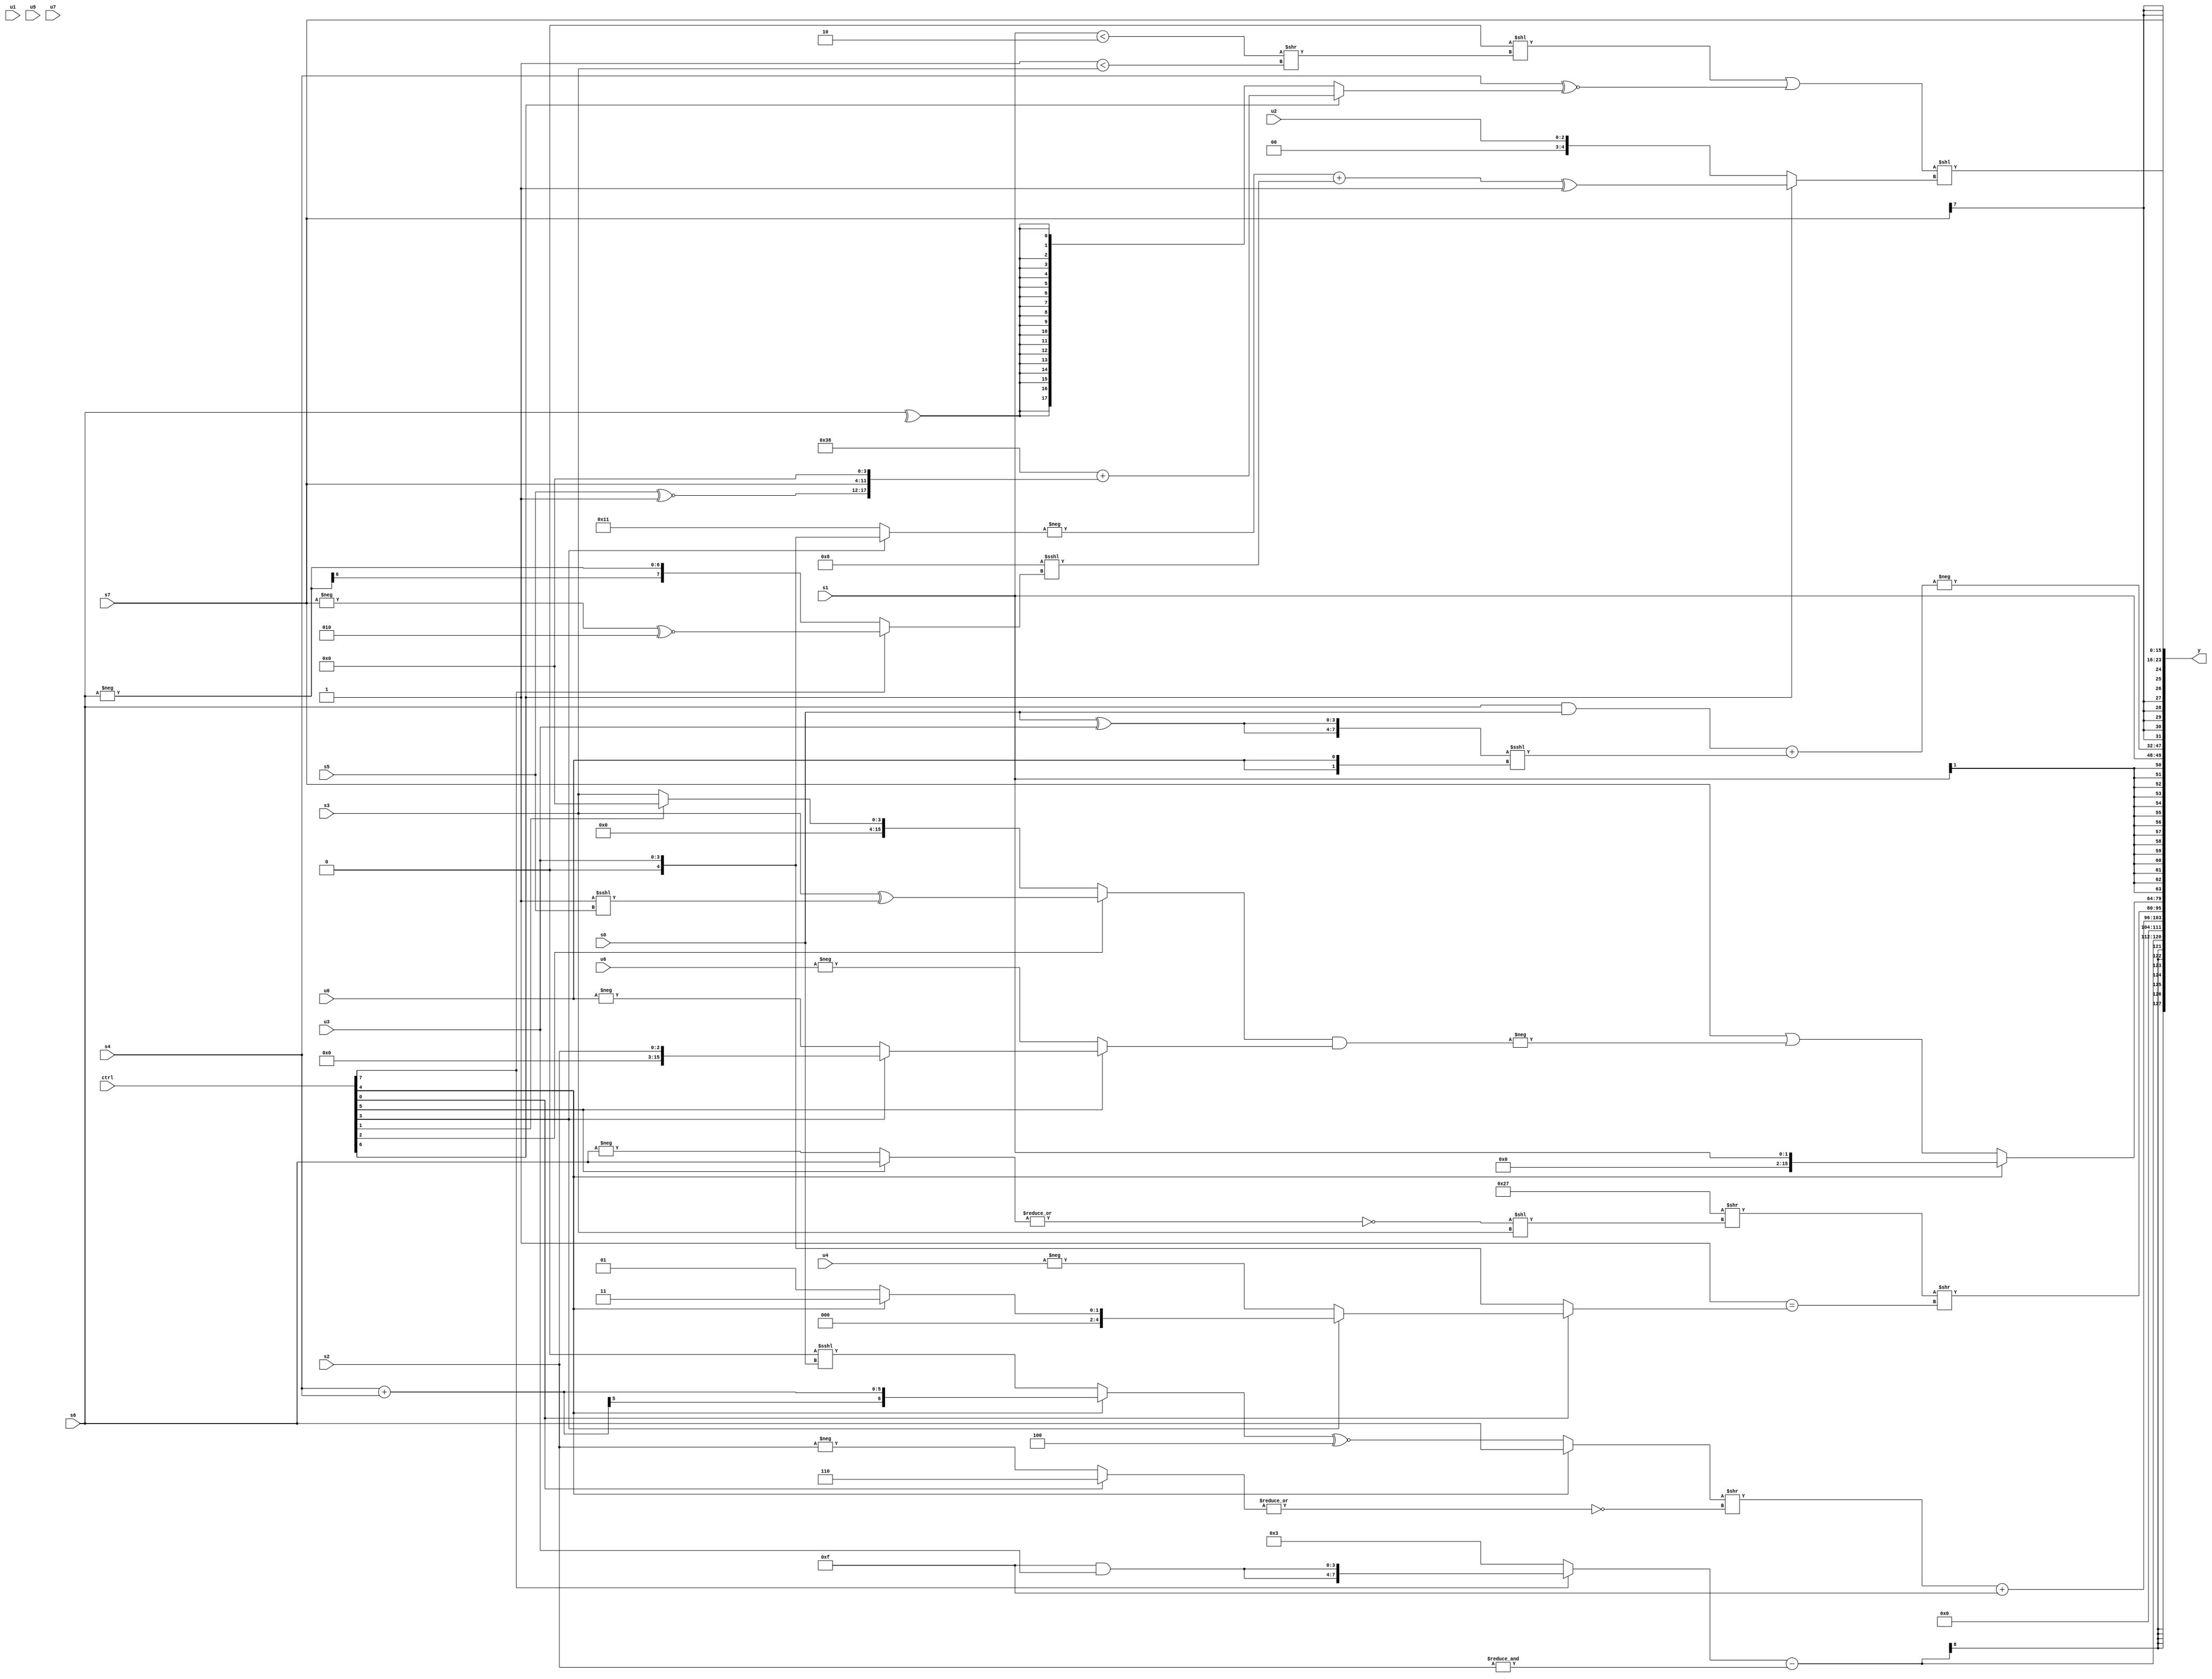
module wideexpr_00748(ctrl, u0, u1, u2, u3, u4, u5, u6, u7, s0, s1, s2, s3, s4, s5, s6, s7, y);
  input [7:0] ctrl;
  input [0:0] u0;
  input [1:0] u1;
  input [2:0] u2;
  input [3:0] u3;
  input [4:0] u4;
  input [5:0] u5;
  input [6:0] u6;
  input [7:0] u7;
  input signed [0:0] s0;
  input signed [1:0] s1;
  input signed [2:0] s2;
  input signed [3:0] s3;
  input signed [4:0] s4;
  input signed [5:0] s5;
  input signed [6:0] s6;
  input signed [7:0] s7;
  output [127:0] y;
  wire [15:0] y0;
  wire [15:0] y1;
  wire [15:0] y2;
  wire [15:0] y3;
  wire [15:0] y4;
  wire [15:0] y5;
  wire [15:0] y6;
  wire [15:0] y7;
  assign y = {y0,y1,y2,y3,y4,y5,y6,y7};
  assign y0 = ((ctrl[7]?{2{(-(-(-(3'b001))))&(u3)}}:2'b11))-(&({4{s2}}));
  assign y1 = ($signed(((ctrl[4]?s6:((ctrl[4]?(s4)+(s4):(1'sb0)<<<(s0)))^~(($signed(6'b100101))>>>((2'sb10)>>>(1'sb1)))))>>({1{~|((ctrl[0]?$signed(2'sb10):-(s2)))}})))+({6'sb001111});
  assign y2 = ((6'sb100111)>>((~|((ctrl[5]?$signed(s6):-(s6))))<<(s3)))>>($signed(($signed(2'sb01))==((ctrl[0]?$signed((ctrl[3]?(ctrl[4]?2'sb11:2'sb01):-(u4))):+(u3)))));
  assign y3 = (ctrl[4]?s1:((s7)>>(1'b0))|(-(+(((ctrl[2]?(s3)^((2'sb01)<<<(s5)):(ctrl[1]?(s6)>>(5'sb10110):s3)))&((ctrl[5]?(ctrl[3]?s2:-(u0)):-(+(u6))))))));
  assign y4 = +(s1);
  assign y5 = -(((+(s6))&(s0))+((+({2{$signed(($signed(s0))^($signed(u3)))}}))<<<({2{u0}})));
  assign y6 = s7;
  assign y7 = (((1'sb0)<<(($unsigned(+((s1)<(2'b10))))>>((2'sb11)<(s3))))|((s4)^~((ctrl[6]?$signed((ctrl[6]?(($signed(4'sb1110))<<<(+(3'b010)))+({(s5)^~(1'sb1),{1{s7}},(4'sb0010)>>>(4'sb0011)}):(ctrl[6]?({1{s3}})|((ctrl[5]?s5:5'sb01010)):({3{u2}})>>($signed(4'b1101))))):$signed(^(s6))))))<<((ctrl[6]?$signed(((-((ctrl[3]?u3:{1{5'sb10001}})))+((5'sb01000)<<<((ctrl[7]?(-(s7))^~($signed(4'b0010)):$signed(-(s6))))))^(2'sb01)):+(u2)));
endmodule